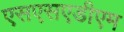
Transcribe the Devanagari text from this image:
एसएसएडीएम